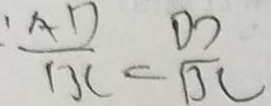
: \frac { A D } { B C } = \frac { D D } { B C }